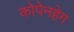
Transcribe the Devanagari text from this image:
कोपेनहेग